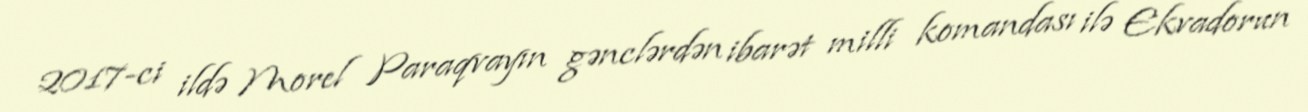
2017-ci ildə Morel Paraqvayın gənclərdən ibarət milli komandası ilə Ekvadorun